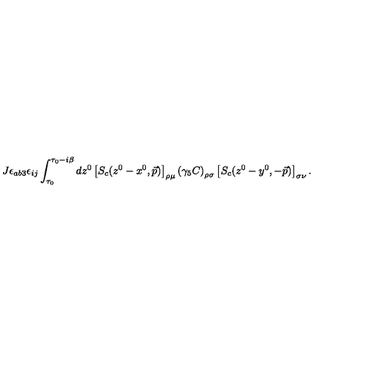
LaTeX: J \epsilon _ { a b 3 } \epsilon _ { i j } \int _ { \tau _ { 0 } } ^ { \tau _ { 0 } - i \beta } d z ^ { 0 } \left[ S _ { c } ( z ^ { 0 } - x ^ { 0 } , \vec { p } ) \right] _ { \rho \mu } \left( \gamma _ { 5 } C \right) _ { \rho \sigma } \left[ S _ { c } ( z ^ { 0 } - y ^ { 0 } , - \vec { p } ) \right] _ { \sigma \nu } .